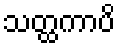
သတ္ထကာပိ